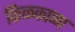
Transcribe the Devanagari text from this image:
किळकाळा